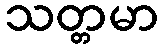
သတ္တမာ